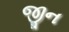
જીન